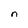
Character: n